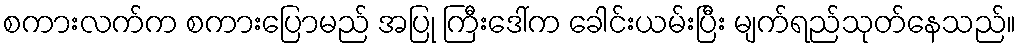
စကားလက်က စကားပြောမည် အပြု ကြီးဒေါ်က ခေါင်းယမ်းပြီး မျက်ရည်သုတ်နေသည်။